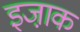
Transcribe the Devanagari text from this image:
इजा़क